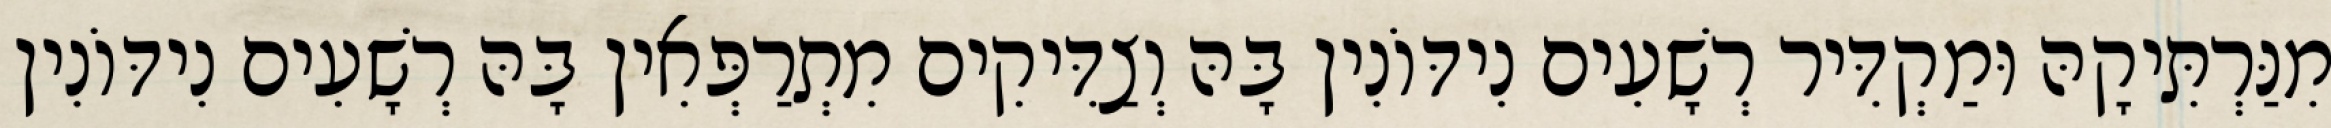
מִנַּרְתִּיקָהּ וּמַקְדִּיר רְשָׁעִים נִידּוֹנִין בָּהּ וְצַדִּיקִים מִתְרַפְּאִין בָּהּ רְשָׁעִים נִידּוֹנִין